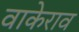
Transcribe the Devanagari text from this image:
वाकेराव